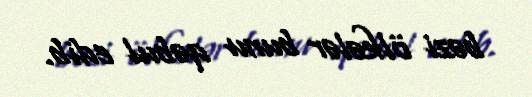
bəzi ölkələr bunu qəbul edib.